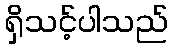
ရှိသင့်ပါသည်